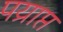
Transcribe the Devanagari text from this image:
पय्राप्त